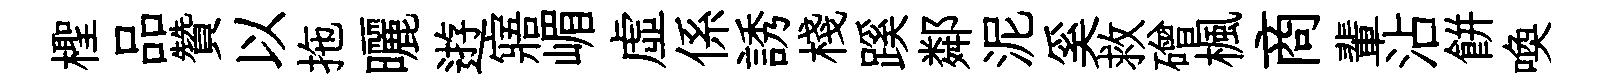
檉品贊以拖曬逰寤嵋虚係誘棧蹊鄰泥奚救磳楓商輩沾餅喚